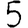
Digit: 5